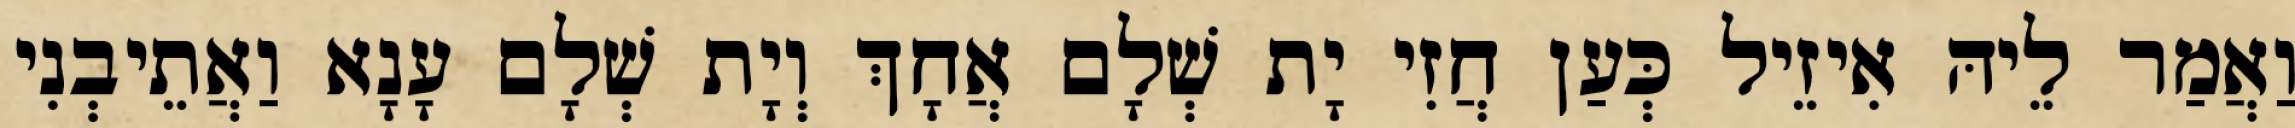
וַאֲמַר לֵיהּ אִיזֵיל כְּעַן חֲזִי יָת שְׁלָם אֲחָךְ וְיָת שְׁלָם עָנָא וַאֲתֵיבְנִי